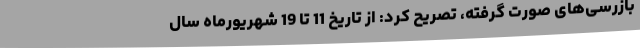
بازرسی‌های صورت گرفته، تصریح کرد: از تاریخ 11 تا 19 شهریورماه سال